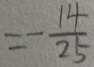
= - \frac { 1 4 } { 2 5 }